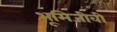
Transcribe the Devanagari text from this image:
भूमिजीवी